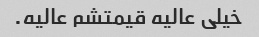
خیلی عالیه قیمتشم عالیه.